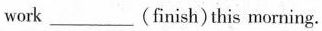
work ___ (finish) this morning.